Report on vaccination in Madras 1877-1894 - 1877-1894
Year: 1877
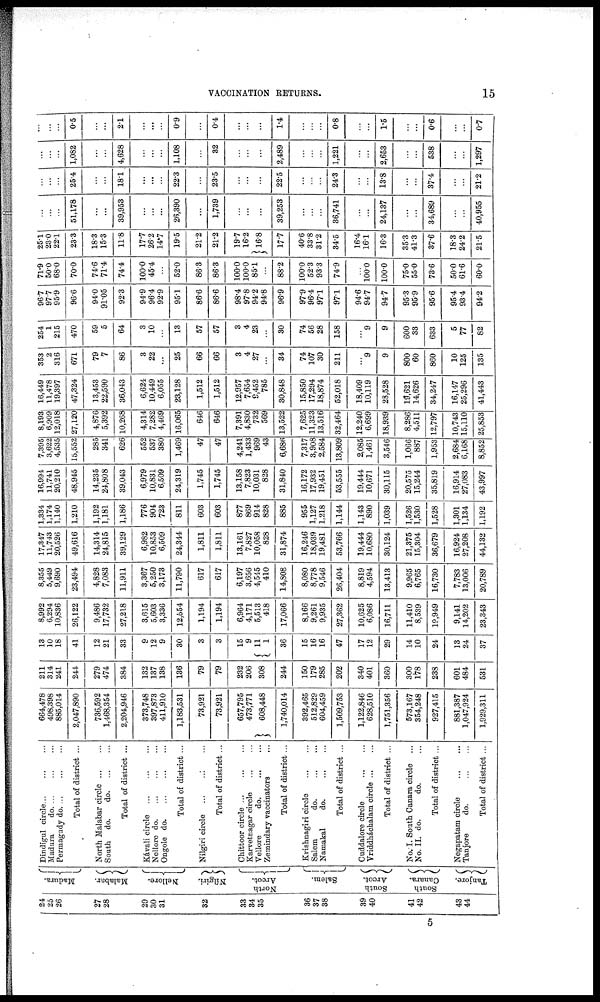
VACCINATION RETURNS.
15
24
25
26
27
28
29
30
31
32
33
34
35
36
37
38
39
40
41
42
43
44
Madura.
Malabar.
Nellore.
Nílgiri.
North
Arcot.
Salem.
South
Arcot.
South
Canara.
Tanjore.
Dindigul circle... ... ...
Madura
do. ... ... ...
Permagudy do. ...
...
...
Total of district ...
North Malabar circle ... ...
South do.
d
o
. ... ...
Total of district ...
Kávali circle
...
...
...
Nellore d
o
. ... ... ...
Ongole do. ... ... ...
Total of district ...
Nilgiri circle
...
...
...
Total of district ...
Chittoor circle
...
...
...
Karvetnagar circle
...
...
Vellore
do.
...
...
Zemindary vaccinators ...
Total of district ...
Krishnagiri circle
...
...
Salem
do.
...
...
Namakal
do.
...
...
Total of district ...
Cuddalore circle
...
...
Vriddháchalam circle ... ...
Total of district ...
No. I. South Canara circle ...
No. II. do.
do. ...
Total of district...
Negapatam circle
...
...
Tanjore
do.
...
...
Total of district ...
664,478
498,398
885,014
2,047,890
736,592
1,468,354
2,204,946
373,748
397,873
411,910
1,183,531
73,921
73,921
657,795
473,771
608,448
1,740,014
392,465
512,829
604,459
1,509,753
1,122,846
628,510
1,751,356
573,167
354,248
927,415
881,387
1,047,924
1,929,311
211
314
241
244
279
474
384
132
137
138
136
79
79
232
206
308
244
150
179
285
202
340
401
360
300
178
238
601
484
531
13
10
18
41
12
21
33
9
12
9
30
3
3
15
9
11
1
36
15
16
16
47
17
12
29
14
10
24
13
24
37
8,992
6,294
10,836
26,122
9,486
17,732
27,218
3,615
5,603
3,336
12,554
1,194
1,194
6,964
4,171
5,513
418
17,066
8,166
9,261
9,935
27,362
10,625
6,086
16,711
11,410
8,539
19,949
9,141
14,202
23,343
8,355
5,449
9,690
23,494
4,828
7,083
11,911
3,367
5,250
3,173
11,790
617
617
6,197
3,656
4,545
410
14,808
8,080
8,778
9,546
26,404
8,819
4,594
13,413
9,965
6,765
16,730
7,783
13,006
20,789
17,347
11,743
20,526
49,616
14,314
24,815
39,129
6,982
10,853
6,509
24,344
1,811
1,811
13,161
7,827
10,058
828
31,874
16,246
18,039
19,481
53,766
19,444
10,680
30,124
21,375
15,304
36,679
16,924
27,208
44,132
1,334
1,174
1,140
1,210
1,192
1,181
1,186
776
904
723
811
603
603
877
869
914
828
885
955
1,127
1,218
1,144
1,143
890
1,039
1,526
1,530
1,528
1,301
1,134
1,192
16,994
11,741
20,210
48,945
14,235
24,808
39,043
6,979
10,831
6,509
24,319
1,745
1,745
13,158
7,823
10,031
828
31,840
16,172
17,932
19,451
53,555
19,444
10,671
30,115
20,575
15,244
35,819
16,914
27,083
43,997
7,395
3,622
4,535
15,552
285
341
626
552
537
380
1,469
47
47
4,241
1,433
969
43
6,686
7,317
3,908
2,584
13,809
2,085
1,461
3,546
1,066
887
1,953
2,684
6,168
8,852
8,193
6,909
12,018
27,120
4,876
5,392
10,268
4,314
7,282
4,469
16,065
646
646
7,391
4,830
732
569
13,522
7,625
11,323
13,516
32,464
12,240
6,699
18,939
8,286
4,511
12,797
10,743
15,110
25,853
16,449
11,478
19,397
47,324
13,453
22,590
36,043
6,624
10,449
6,055
23,128
1,512
1,512
12,957
7,654
9,452
785
30,848
15,850
17,294
18,874
52,018
18,409
10,119
28,528
19,621
14,626
34,247
16,147
25,296
41,443
353
2
316
671
79
7
86
3
22
...
25
66
66
3
4
27
...
34
74
107
30
211
...
9
9
800
60
860
10
125
135
254
1
215
470
59
5
64
3
10
...
13
57
57
3
4
23
...
30
74
56
28
158
...
9
9
600
33
633
5
77
82
96.7
97.7
95.9
96.6
94.0
91.05
92.3
94.9
96.4
92.9
95.1
86.6
86.6
98.4
97.8
94.2
94.8
96.9
97.9
96.4
97.1
97.1
94.6
94.7
94.7
95.3
95.9
95.6
95.4
93.4
94.2
71.9
50.0
68.0
70.0
74.6
71.4
74.4
100.0
45.4
...
52.0
86.3
86.3
100.0
100.0
85.1
...
88.2
100.0
52.3
93.3
74.9
...
100.0
100.0
75.0
55.0
73.6
50.0
61.6
60.0
25.1
23.0
22.1
23.3
18.3
15.3
11.8
17.7
26.2
14.7
19.5
21.2
21.2
19.7
16.2
16.8
17.7
40.6
33.8
31.2
34.5
16.4
16.1
16.3
35.3
41.3
37.6
18.3
24.2
21.5
...
...
...
51,178
...
...
39,953
...
...
...
26,390
...
1,739
...
...
...
39,253
...
...
...
36,741
...
...
24,137
...
...
34,689
...
...
40,955
...
...
...
25.4
...
...
18.1
...
...
...
22.3
...
23.5
...
...
...
22.5
...
...
...
24.3
...
...
13.8
...
...
37.4
...
...
21.2
...
...
...
1,082
...
...
4,628
...
...
...
1,108
...
32
...
...
...
2,489
...
...
...
1,221
...
...
2,653
...
...
538
...
...
1,297
...
...
...
0.5
...
...
2.1
...
...
...
0.9
...
0.4
...
...
...
1.4
...
...
...
0.8
...
...
1.5
...
...
0.6
...
...
0.7
5